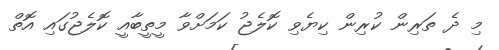
މި ދެ ތަރިން ކުރިން ކިޔެވި ކޮލެޖު ކަމަށްވާ މީތީބާއީ ކޮލެޖުގައި އޮތް